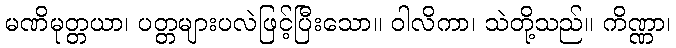
မဏိမုတ္တယာ၊ ပတ္တများပလဲဖြင့်ပြီးသော။ ဝါလိကာ၊ သဲတို့သည်။ ကိဏ္ဏာ၊